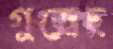
গুজ্‌রেছ